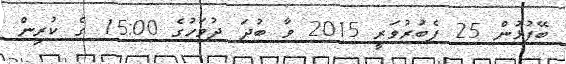
ބޭފުޅުން 25 ފެބުރުވަރީ 2015 ވާ ބުދަ ދުވަހުގެ 15:00 ގެ ކުރިން